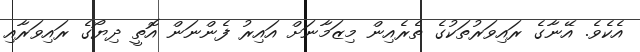
އެކެވެ. އޭނާގެ ރައިވަރުތަކުގެ ތެރެއިން މިޒަމާނަށް އައިރު ފެންނަން އޮތީ ދިޔޯގެ ރައިވަރާއި